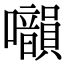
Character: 𡅙